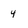
Character: 4